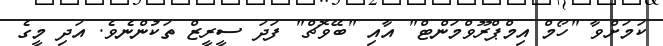
ކަމަށްވާ "ހޯމް އިމްޕްރޫވްމަންޓް" އާއި "ބޭވޮޗް" ފަދަ ސީރީޒް ތަކުންނެވެ. އަދި މީގެ